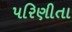
પરિણીતા